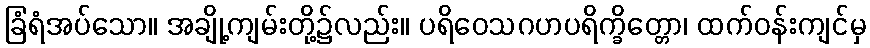
ခြံရံအပ်သော။ အချို့ကျမ်းတို့၌လည်း။ ပရိဝေသဂဟပရိက္ခိတ္တော၊ ထက်ဝန်းကျင်မှ